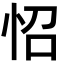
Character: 怊